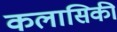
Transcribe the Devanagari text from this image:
कलासिकी